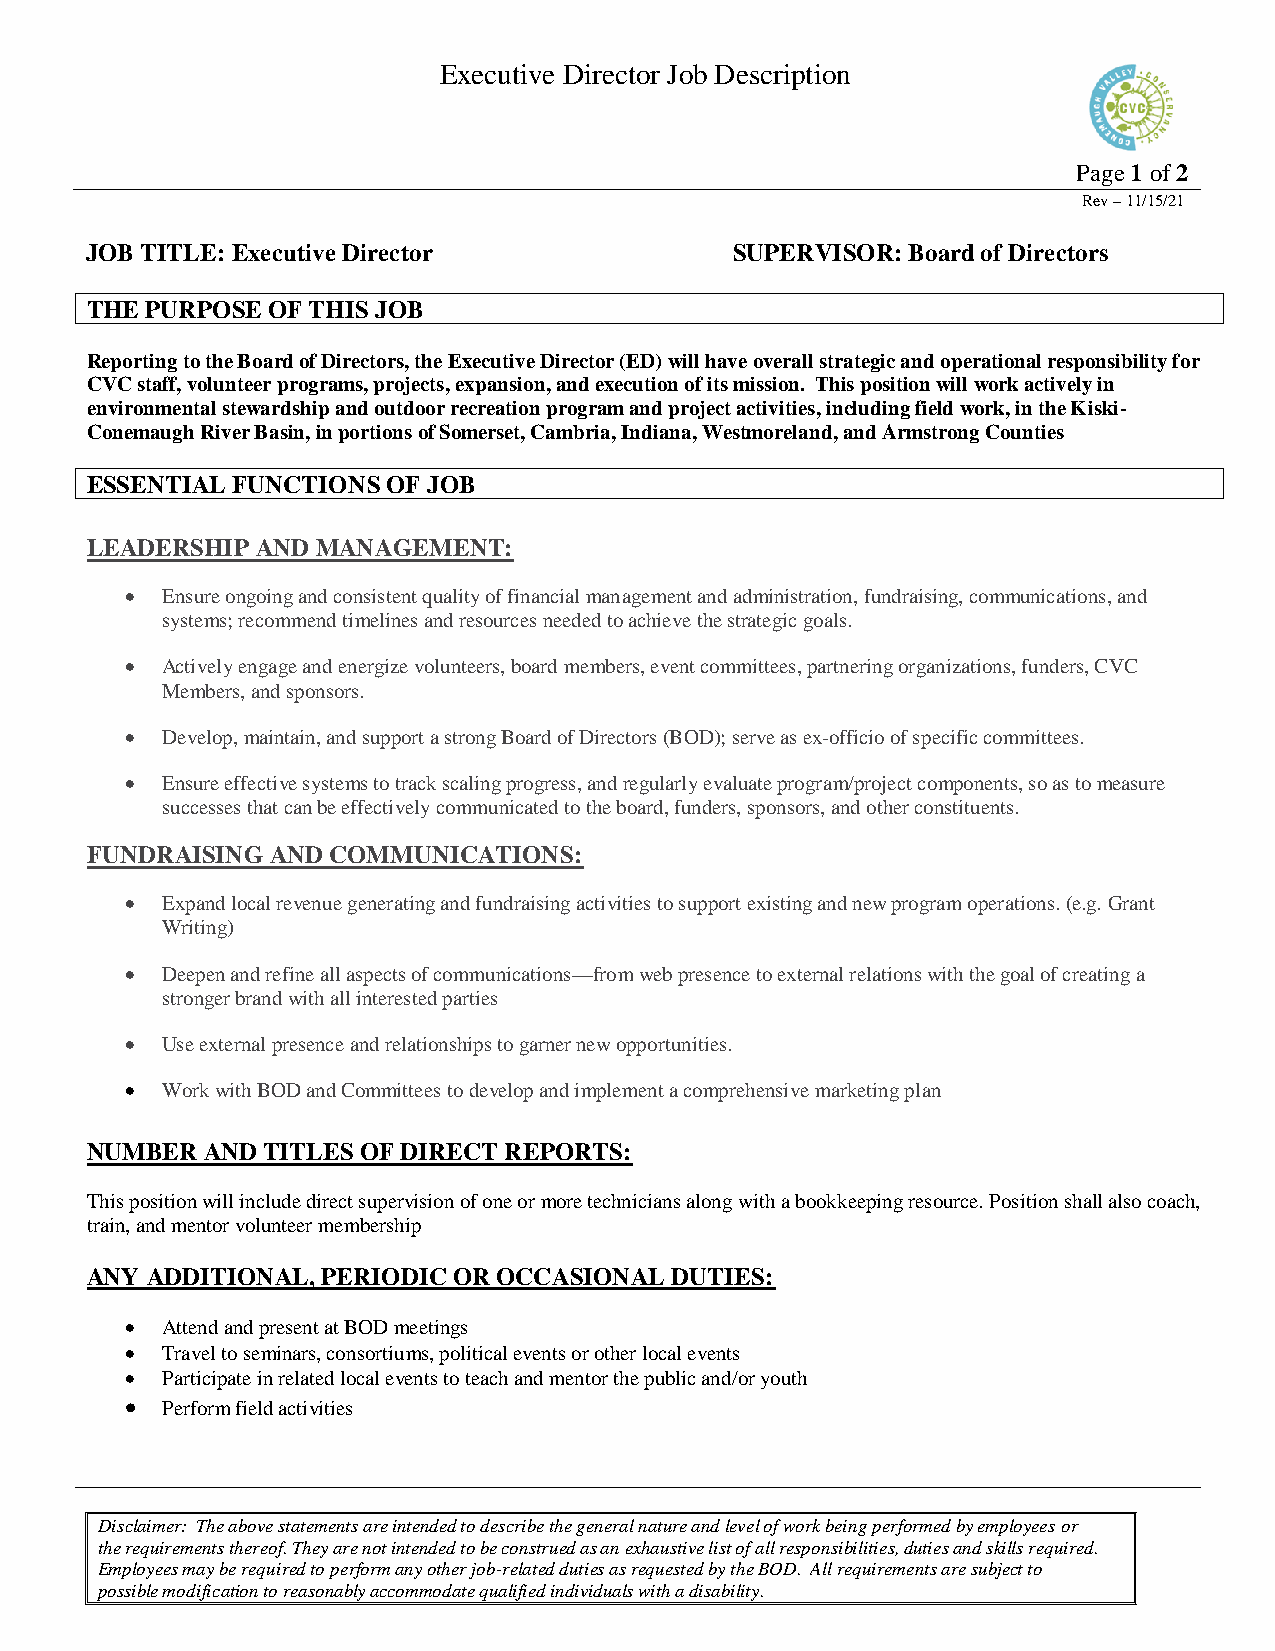
Executive Director Job Description
 Page 1 of 2
 Rev – 11/15/21
 JOB TITLE: Executive Director              SUPERVISOR: Board of Directors
 THE PURPOSE OF THIS JOB
 Reporting to the Board of Directors, the Executive Director (ED) will have overall strategic and operational responsibility for
 CVC staff, volunteer programs, projects, expansion, and execution of its mission. This position will work actively in
 environmental stewardship and outdoor recreation program and project activities, including field work, in the Kiski-
 Conemaugh River Basin, in portions of Somerset, Cambria, Indiana, Westmoreland, and Armstrong Counties
 ESSENTIAL FUNCTIONS OF JOB
 LEADERSHIP AND MANAGEMENT:
   Ensure ongoing and consistent quality of financial management and administration, fundraising, communications, and
 systems; recommend timelines and resources needed to achieve the strategic goals.
   Actively engage and energize volunteers, board members, event committees, partnering organizations, funders, CVC
 Members, and sponsors.
   Develop, maintain, and support a strong Board of Directors (BOD); serve as ex-officio of specific committees.
   Ensure effective systems to track scaling progress, and regularly evaluate program/project components, so as to measure
 successes that can be effectively communicated to the board, funders, sponsors, and other constituents.
 FUNDRAISING AND COMMUNICATIONS:
   Expand local revenue generating and fundraising activities to support existing and new program operations. (e.g. Grant
 Writing)
   Deepen and refine all aspects of communications—from web presence to external relations with the goal of creating a
 stronger brand with all interested parties
   Use external presence and relationships to garner new opportunities.
   Work with BOD and Committees to develop and implement a comprehensive marketing plan
 NUMBER  AND TITLES OF DIRECT REPORTS:
 This position will include direct supervision of one or more technicians along with a bookkeeping resource. Position shall also coach,
 train, and mentor volunteer membership
 ANY ADDITIONAL, PERIODIC OR OCCASIONAL DUTIES:
   Attend and present at BOD meetings
   Travel to seminars, consortiums, political events or other local events
   Participate in related local events to teach and mentor the public and/or youth
   Perform field activities
 Disclaimer: The above statements are intended to describe the general nature and level of work being performed by employees or
 the requirements thereof. They are not intended to be construed as an exhaustive list of all responsibilities, duties and skills required.
 Employees may be required to perform any other job-related duties as requested by the BOD. All requirements are subject to
 possible modification to reasonably accommodate qualified individuals with a disability.